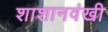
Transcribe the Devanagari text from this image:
शाशानवंखी